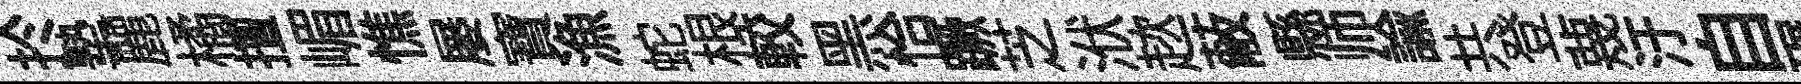
扵塾麗橘擅嵋憔屡寶漁蛇根較黑恰蹶芝洑趑蔽縣师諭共登蔑汙自碾